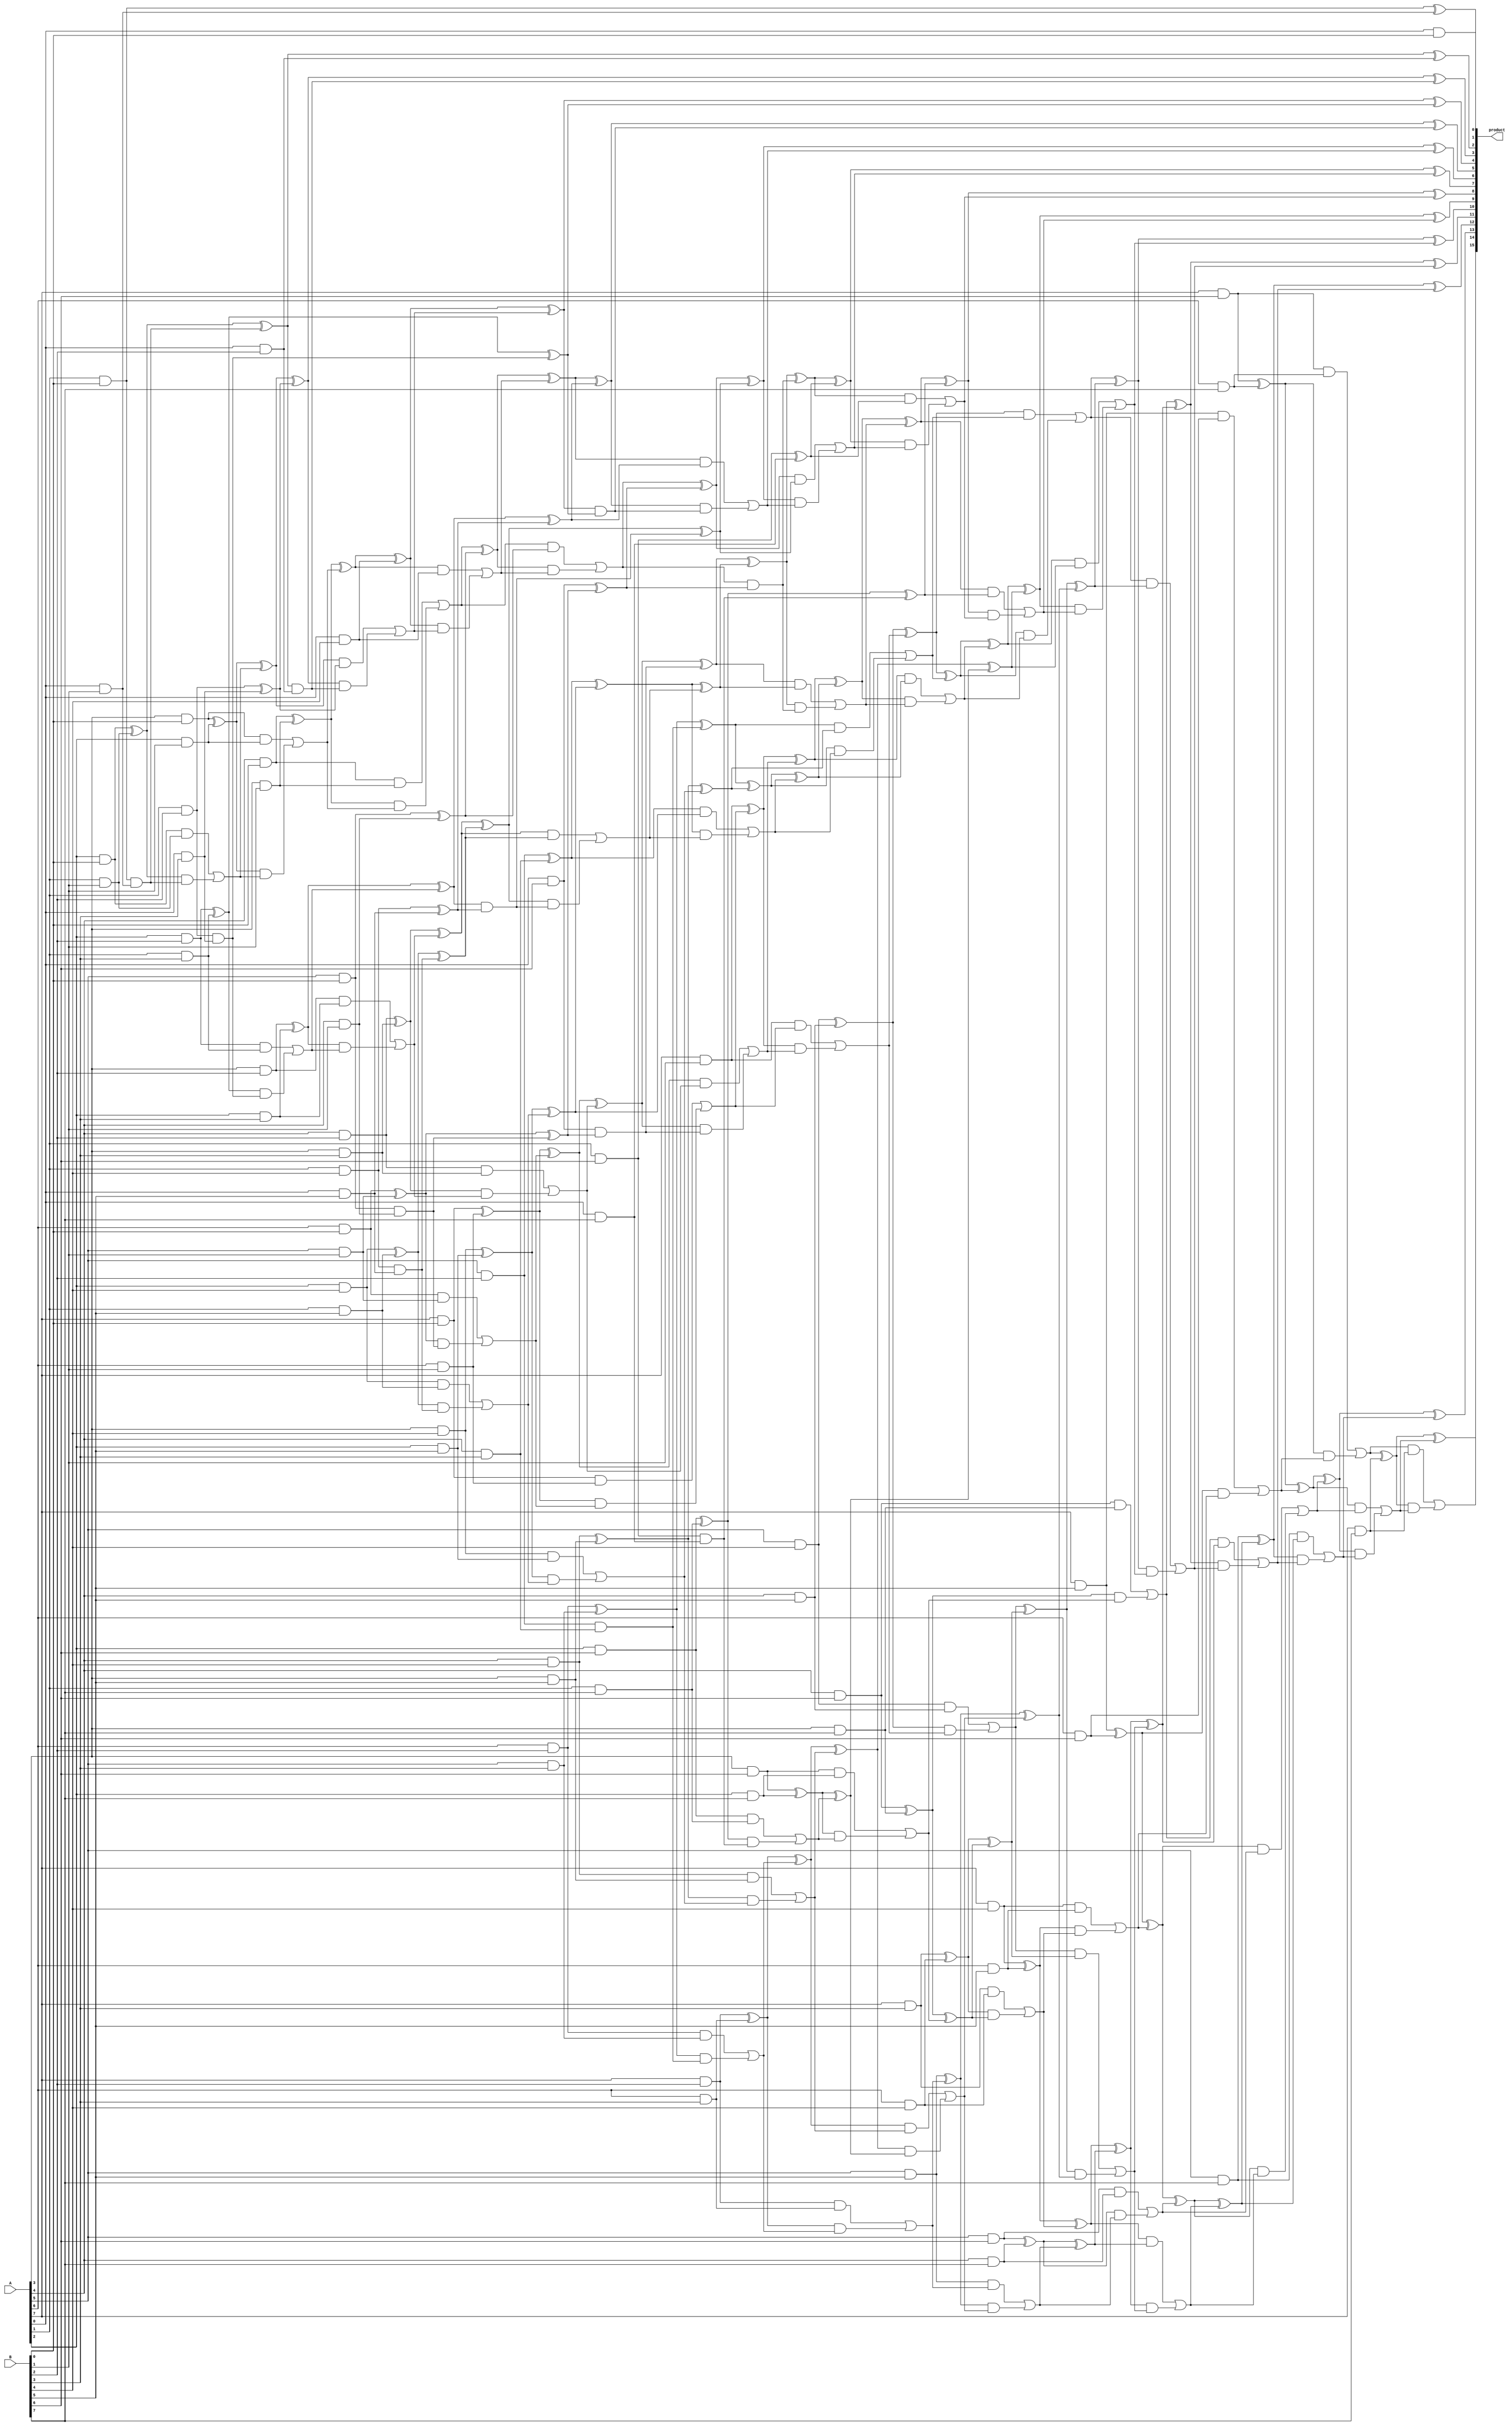
module wallace_unsigned_multiplier_CLA_Reduced_8(product, A, B);
    input [7:0] A, B;
    output [15:0] product;

    wire [7:0] pp0, pp1, pp2, pp3, pp4, pp5, pp6, pp7;

    and AND00(pp0[0], A[0], B[0]);
    and AND01(pp0[1], A[1], B[0]);
    and AND02(pp0[2], A[2], B[0]);
    and AND03(pp0[3], A[3], B[0]);
    and AND04(pp0[4], A[4], B[0]);
    and AND05(pp0[5], A[5], B[0]);
    and AND06(pp0[6], A[6], B[0]);
    and AND07(pp0[7], A[7], B[0]);
    and AND08(pp1[0], A[0], B[1]);
    and AND09(pp1[1], A[1], B[1]);
    and AND10(pp1[2], A[2], B[1]);
    and AND11(pp1[3], A[3], B[1]);
    and AND12(pp1[4], A[4], B[1]);
    and AND13(pp1[5], A[5], B[1]);
    and AND14(pp1[6], A[6], B[1]);
    and AND15(pp1[7], A[7], B[1]);
    and AND16(pp2[0], A[0], B[2]);
    and AND17(pp2[1], A[1], B[2]);
    and AND18(pp2[2], A[2], B[2]);
    and AND19(pp2[3], A[3], B[2]);
    and AND20(pp2[4], A[4], B[2]);
    and AND21(pp2[5], A[5], B[2]);
    and AND22(pp2[6], A[6], B[2]);
    and AND23(pp2[7], A[7], B[2]);
    and AND24(pp3[0], A[0], B[3]);
    and AND25(pp3[1], A[1], B[3]);
    and AND26(pp3[2], A[2], B[3]);
    and AND27(pp3[3], A[3], B[3]);
    and AND28(pp3[4], A[4], B[3]);
    and AND29(pp3[5], A[5], B[3]);
    and AND30(pp3[6], A[6], B[3]);
    and AND31(pp3[7], A[7], B[3]);
    and AND32(pp4[0], A[0], B[4]);
    and AND33(pp4[1], A[1], B[4]);
    and AND34(pp4[2], A[2], B[4]);
    and AND35(pp4[3], A[3], B[4]);
    and AND36(pp4[4], A[4], B[4]);
    and AND37(pp4[5], A[5], B[4]);
    and AND38(pp4[6], A[6], B[4]);
    and AND39(pp4[7], A[7], B[4]);
    and AND40(pp5[0], A[0], B[5]);
    and AND41(pp5[1], A[1], B[5]);
    and AND42(pp5[2], A[2], B[5]);
    and AND43(pp5[3], A[3], B[5]);
    and AND44(pp5[4], A[4], B[5]);
    and AND45(pp5[5], A[5], B[5]);
    and AND46(pp5[6], A[6], B[5]);
    and AND47(pp5[7], A[7], B[5]);
    and AND48(pp6[0], A[0], B[6]);
    and AND49(pp6[1], A[1], B[6]);
    and AND50(pp6[2], A[2], B[6]);
    and AND51(pp6[3], A[3], B[6]);
    and AND52(pp6[4], A[4], B[6]);
    and AND53(pp6[5], A[5], B[6]);
    and AND54(pp6[6], A[6], B[6]);
    and AND55(pp6[7], A[7], B[6]);
    and AND56(pp7[0], A[0], B[7]);
    and AND57(pp7[1], A[1], B[7]);
    and AND58(pp7[2], A[2], B[7]);
    and AND59(pp7[3], A[3], B[7]);
    and AND60(pp7[4], A[4], B[7]);
    and AND61(pp7[5], A[5], B[7]);
    and AND62(pp7[6], A[6], B[7]);
    and AND63(pp7[7], A[7], B[7]);

    /* First Stage */
    assign product[0] = pp0[0];

    /* First CLA */
    wire [3:0] G1, P1, C1;
    assign G1[0] = pp0[1] & pp1[0];
    assign G1[1] = pp0[2] & pp1[1];
    assign G1[2] = pp0[3] & pp1[2];
    assign G1[3] = pp0[4] & pp1[3];
    assign P1[0] = pp0[1] ^ pp1[0];
    assign P1[1] = pp0[2] ^ pp1[1];
    assign P1[2] = pp0[3] ^ pp1[2];
    assign P1[3] = pp0[4] ^ pp1[3];
    assign C1[1] = G1[0];
    assign C1[2] = G1[1] | (P1[1] & C1[1]);
    assign C1[3] = G1[2] | (P1[2] & C1[2]);    
    assign c1    = G1[3] | (P1[3] & C1[3]);
    assign s1    = P1[0];
    assign s2    = P1[1] ^ C1[1];
    assign s3    = P1[2] ^ C1[2];
    assign s4    = P1[3] ^ C1[3];
    assign product[1] = s1;   

    /* Second CLA */
    wire [2:0] G2, P2, C2;
    assign G2[0] = pp0[5] & pp1[4];
    assign G2[1] = pp0[6] & pp1[5];
    assign G2[2] = pp0[7] & pp1[6];
    assign P2[0] = pp0[5] ^ pp1[4];
    assign P2[1] = pp0[6] ^ pp1[5];
    assign P2[2] = pp0[7] ^ pp1[6];
    assign C2[1] = G2[0];
    assign C2[2] = G2[1] | (P2[1] & C2[1]);
    assign c2    = G2[2] | (P2[2] & C2[2]);
    assign s5    = P2[0];
    assign s6    = P2[1] ^ C2[1];
    assign s7    = P2[2] ^ C2[2];

    /* Third CLA */
    wire [3:0] G3, P3, C3;
    assign G3[0] = pp2[1] & pp3[0];
    assign G3[1] = pp2[2] & pp3[1];
    assign G3[2] = pp2[3] & pp3[2];
    assign G3[3] = pp2[4] & pp3[3];
    assign P3[0] = pp2[1] ^ pp3[0];
    assign P3[1] = pp2[2] ^ pp3[1];
    assign P3[2] = pp2[3] ^ pp3[2];
    assign P3[3] = pp2[4] ^ pp3[3];
    assign C3[1] = G3[0];
    assign C3[2] = G3[1] | (P3[1] & C3[1]);
    assign C3[3] = G3[2] | (P3[2] & C3[2]);
    assign c3    = G3[3] | (P3[3] & C3[3]);
    assign s8    = P3[0];
    assign s9    = P3[1] ^ C3[1];
    assign s10   = P3[2] ^ C3[2];
    assign s11   = P3[3] ^ C3[3];

    /* Fourth CLA */
    wire [2:0] G4, P4, C4;
    assign G4[0] = pp2[5] & pp3[4];
    assign G4[1] = pp2[6] & pp3[5];
    assign G4[2] = pp2[7] & pp3[6];
    assign P4[0] = pp2[5] ^ pp3[4];
    assign P4[1] = pp2[6] ^ pp3[5];
    assign P4[2] = pp2[7] ^ pp3[6];
    assign C4[1] = G4[0];
    assign C4[2] = G4[1] | (P4[1] & C4[1]);
    assign c4    = G4[2] | (P4[2] & C4[2]);
    assign s12   = P4[0];
    assign s13   = P4[1] ^ C4[1];
    assign s14   = P4[2] ^ C4[2];

    /* Fifth CLA */
    wire [3:0] G5, P5, C5;
    assign G5[0] = pp4[1] & pp5[0];
    assign G5[1] = pp4[2] & pp5[1];
    assign G5[2] = pp4[3] & pp5[2];
    assign G5[3] = pp4[4] & pp5[3];
    assign P5[0] = pp4[1] ^ pp5[0];
    assign P5[1] = pp4[2] ^ pp5[1];
    assign P5[2] = pp4[3] ^ pp5[2];
    assign P5[3] = pp4[4] ^ pp5[3];
    assign C5[1] = G5[0];
    assign C5[2] = G5[1] | (P5[1] & C5[1]);
    assign C5[3] = G5[2] | (P5[2] & C5[2]);
    assign c5    = G5[3] | (P5[3] & C5[3]);
    assign s15   = P5[0];
    assign s16   = P5[1] ^ C5[1];
    assign s17   = P5[2] ^ C5[2];
    assign s18   = P5[3] ^ C5[3];

    /* Sixth CLA */
    wire [3:0] G6, P6, C6;
    assign G6[0] = pp6[1] & pp7[0];
    assign G6[1] = pp6[2] & pp7[1];
    assign G6[2] = pp6[3] & pp7[2];
    assign G6[3] = pp6[4] & pp7[3];
    assign P6[0] = pp6[1] ^ pp7[0];
    assign P6[1] = pp6[2] ^ pp7[1];
    assign P6[2] = pp6[3] ^ pp7[2];
    assign P6[3] = pp6[4] ^ pp7[3];
    assign C6[1] = G6[0];
    assign C6[2] = G6[1] | (P6[1] & C6[1]);
    assign C6[3] = G6[2] | (P6[2] & C6[2]);
    assign c6    = G6[3] | (P6[3] & C6[3]);
    assign s19   = P6[0];
    assign s20   = P6[1] ^ C6[1];
    assign s21   = P6[2] ^ C6[2];
    assign s22   = P6[3] ^ C6[3];

    /* Seventh CLA */
    wire [3:0] G7, P7, C7;
    assign G7[0] = s2 & pp2[0];
    assign G7[1] = s3 & s8;
    assign G7[2] = s4 & pp4[0];
    assign G7[3] = c1 & s5;
    assign P7[0] = s2 ^ pp2[0];
    assign P7[1] = s3 ^ s8;
    assign P7[2] = s4 ^ pp4[0];
    assign P7[3] = c1 ^ s5; 
    assign C7[1] = G7[0];
    assign C7[2] = G7[1] | (P7[1] & C7[1]);
    assign C7[3] = G7[2] | (P7[2] & C7[2]);
    assign c7    = G7[3] | (P7[3] & C7[3]);
    assign s23   = P7[0];
    assign s24   = P7[1] ^ C7[1];
    assign s25   = P7[2] ^ C7[2];
    assign s26   = P7[3] ^ C7[3];
    assign product[2] = s23;
    assign product[3] = s24;

    /* 8th CLA */
    wire [3:0] G8, P8, C8;
    assign G8[0] = pp6[0] & s6;
    assign G8[1] = s7     & c3;
    assign G8[2] = pp1[7] & c2;
    assign G8[3] = pp4[5] & pp5[4];
    assign P8[0] = pp6[0] ^ s6;
    assign P8[1] = s7     ^ c3;
    assign P8[2] = pp1[7] ^ c2;
    assign P8[3] = pp4[5] ^ pp5[4];
    assign C8[1] = G8[0];
    assign C8[2] = G8[1] | (P8[1] & C8[1]);
    assign C8[3] = G8[2] | (P8[2] & C8[2]);
    assign c8    = G8[3] | (P8[3] & C8[3]);
    assign s27   = P8[0];
    assign s28   = P8[1] ^ C8[1];
    assign s29   = P8[2] ^ C8[2];
    assign s30   = P8[3] ^ C8[3];

    /* 9th CLA */
    wire [3:0] G9, P9, C9;
    assign G9[0] = pp3[7] & pp4[6];
    assign G9[1] = pp4[7] & pp5[6];
    assign G9[2] = pp5[7] & pp6[6];
    assign G9[3] = pp6[7] & pp7[6];
    assign P9[0] = pp3[7] ^ pp4[6];
    assign P9[1] = pp4[7] ^ pp5[6];
    assign P9[2] = pp5[7] ^ pp6[6];
    assign P9[3] = pp6[7] ^ pp7[6];
    assign C9[0] = s22;
    assign C9[1] = G9[0] | (P9[0] & C9[0]);
    assign C9[2] = G9[1] | (P9[1] & C9[1]);
    assign C9[3] = G9[2] | (P9[2] & C9[2]);
    assign c9    = G9[3] | (P9[3] & C9[3]);
    assign s31   = P9[0] ^ C9[0];
    assign s32   = P9[1] ^ C9[1];
    assign s33   = P9[2] ^ C9[2];
    assign s34   = P9[3] ^ C9[3];

    /* 10th CLA */
    wire [3:0] GA, PA, CA;
    assign GA[0] = s10 & s15;
    assign GA[1] = s11 & s16;
    assign GA[2] = s12 & s17;
    assign GA[3] = s13 & s18;
    assign PA[0] = s10 ^ s15;
    assign PA[1] = s11 ^ s16;
    assign PA[2] = s12 ^ s17;
    assign PA[3] = s13 ^ s18;
    assign CA[1] = GA[0];
    assign CA[2] = GA[1] | (PA[1] & CA[1]);
    assign CA[3] = GA[2] | (PA[2] & CA[2]);
    assign c10   = GA[3] | (PA[3] & CA[3]);
    assign s35   = PA[0];
    assign s36   = PA[1] ^ CA[1];
    assign s37   = PA[2] ^ CA[2];
    assign s38   = PA[3] ^ CA[3];

    /* 11th CLA */
    wire [2:0] GB, PB, CB;
    assign GB[0] = s14    & c5;
    assign GB[1] = pp5[5] & c4;
    assign GB[2] = pp6[5] & pp7[4];
    assign PB[0] = s14    ^ c5;
    assign PB[1] = pp5[5] ^ c4;
    assign PB[2] = pp6[5] ^ pp7[4];
    assign CB[0] = s21;
    assign CB[1] = GB[0] | (PB[0] & CB[0]);
    assign CB[2] = GB[1] | (PB[1] & CB[1]);
    assign c11   = GB[2] | (PB[2] & CB[2]);
    assign s39   = PB[0] ^ CB[0];
    assign s40   = PB[1] ^ CB[1];
    assign s41   = PB[2] ^ CB[2];

    /* 12th CLA */
    wire [3:0] GC, PC, CC;
    assign GC[0] = c7  & s27;
    assign GC[1] = s28 & s37;
    assign GC[2] = s29 & s38;
    assign GC[3] = s30 & c10;
    assign PC[0] = c7  ^ s27;
    assign PC[1] = s28 ^ s37;
    assign PC[2] = s29 ^ s38;
    assign PC[3] = s30 ^ c10;
    assign CC[1] = GC[0];
    assign CC[2] = GC[1] | (PC[1] & CC[1]);
    assign CC[3] = GC[2] | (PC[2] & CC[2]);
    assign c12   = GC[3] | (PC[3] & CC[3]);
    assign s42   = PC[0];
    assign s43   = PC[1] ^ CC[1];
    assign s44   = PC[2] ^ CC[2];
    assign s45   = PC[3] ^ CC[3];

    /* 13th CLA */
    wire [2:0] GD, PD, CD;
    assign GD[0] = c8  & s31;
    assign GD[1] = s32 & s41;
    assign GD[2] = s33 & c11;
    assign PD[0] = c8  ^ s31;
    assign PD[1] = s32 ^ s41;
    assign PD[2] = s33 ^ c11;
    assign CD[0] = s40;
    assign CD[1] = GD[0] | (PD[0] & CD[0]);
    assign CD[2] = GD[1] | (PD[1] & CD[1]);
    assign c13   = GD[2] | (PD[2] & CD[2]);
    assign s46   = PD[0] ^ CD[0];
    assign s47   = PD[1] ^ CD[1];
    assign s48   = PD[2] ^ CD[2];


    /* Final Stage 14th CLA */
    wire [3:0] GE, PE, CE;
    assign GE[0] = s25 & s9;
    assign GE[1] = s26 & s35;
    assign GE[2] = s42 & s36;
    assign GE[3] = s43 & s19;
    assign PE[0] = s25 ^ s9;
    assign PE[1] = s26 ^ s35;
    assign PE[2] = s42 ^ s36;
    assign PE[3] = s43 ^ s19;
    assign CE[1] = GE[0];
    assign CE[2] = GE[1] | (PE[1] & CE[1]);
    assign CE[3] = GE[2] | (PE[2] & CE[2]);
    assign c14   = GE[3] | (PE[3] & CE[3]);
    assign product[4] = PE[0];
    assign product[5] = PE[1] ^ CE[1];
    assign product[6] = PE[2] ^ CE[2];
    assign product[7] = PE[3] ^ CE[3];

    /* 15th CLA */
    wire [3:0] GF, PF, CF;
    assign GF[0] = s44 & s20;
    assign GF[1] = s45 & s39;
    assign GF[2] = c12 & s46;
    assign GF[3] = c6  & s47;
    assign PF[0] = s44 ^ s20;
    assign PF[1] = s45 ^ s39;
    assign PF[2] = c12 ^ s46;
    assign PF[3] = c6  ^ s47;
    assign CF[0] = c14;
    assign CF[1] = GF[0] | (PF[0] & CF[0]);
    assign CF[2] = GF[1] | (PF[1] & CF[1]);
    assign CF[3] = GF[2] | (PF[2] & CF[2]);
    assign c15   = GF[3] | (PF[3] & CF[3]);
    assign product[8]  = PF[0] ^ CF[0];
    assign product[9]  = PF[1] ^ CF[1];
    assign product[10] = PF[2] ^ CF[2];
    assign product[11] = PF[3] ^ CF[3];

    /* 16th CLA */
    wire [2:0] GG, PG, CG;
    assign GG[0] = pp7[5] & s48;  
    assign GG[1] = s34    & c13;
    assign GG[2] = c9     & pp7[7];
    assign PG[0] = pp7[5] ^ s48;
    assign PG[1] = s34    ^ c13;
    assign PG[2] = c9     ^ pp7[7];
    assign CG[0] = c15;
    assign CG[1] = GG[0] | (PG[0] & CG[0]);
    assign CG[2] = GG[1] | (PG[1] & CG[1]);
    assign product[15] = GG[2] | (PG[2] & CG[2]);
    assign product[12] = PG[0] ^ CG[0];
    assign product[13] = PG[1] ^ CG[1];
    assign product[14] = PG[2] ^ CG[2];
endmodule

module wallace_unsigned_multiplier_CLA_Reduced_8_attempt1(product, A, B);
    /* This attempt uses a RCA at the very last stage
     * Area: 1084.552269
     * Power: 5.06E-01
     * Timing: 1.63 */
    
    input [7:0] A, B;
    output [15:0] product;

    wire [7:0] pp0, pp1, pp2, pp3, pp4, pp5, pp6, pp7;

    and AND00(pp0[0], A[0], B[0]);
    and AND01(pp0[1], A[1], B[0]);
    and AND02(pp0[2], A[2], B[0]);
    and AND03(pp0[3], A[3], B[0]);
    and AND04(pp0[4], A[4], B[0]);
    and AND05(pp0[5], A[5], B[0]);
    and AND06(pp0[6], A[6], B[0]);
    and AND07(pp0[7], A[7], B[0]);
    and AND08(pp1[0], A[0], B[1]);
    and AND09(pp1[1], A[1], B[1]);
    and AND10(pp1[2], A[2], B[1]);
    and AND11(pp1[3], A[3], B[1]);
    and AND12(pp1[4], A[4], B[1]);
    and AND13(pp1[5], A[5], B[1]);
    and AND14(pp1[6], A[6], B[1]);
    and AND15(pp1[7], A[7], B[1]);
    and AND16(pp2[0], A[0], B[2]);
    and AND17(pp2[1], A[1], B[2]);
    and AND18(pp2[2], A[2], B[2]);
    and AND19(pp2[3], A[3], B[2]);
    and AND20(pp2[4], A[4], B[2]);
    and AND21(pp2[5], A[5], B[2]);
    and AND22(pp2[6], A[6], B[2]);
    and AND23(pp2[7], A[7], B[2]);
    and AND24(pp3[0], A[0], B[3]);
    and AND25(pp3[1], A[1], B[3]);
    and AND26(pp3[2], A[2], B[3]);
    and AND27(pp3[3], A[3], B[3]);
    and AND28(pp3[4], A[4], B[3]);
    and AND29(pp3[5], A[5], B[3]);
    and AND30(pp3[6], A[6], B[3]);
    and AND31(pp3[7], A[7], B[3]);
    and AND32(pp4[0], A[0], B[4]);
    and AND33(pp4[1], A[1], B[4]);
    and AND34(pp4[2], A[2], B[4]);
    and AND35(pp4[3], A[3], B[4]);
    and AND36(pp4[4], A[4], B[4]);
    and AND37(pp4[5], A[5], B[4]);
    and AND38(pp4[6], A[6], B[4]);
    and AND39(pp4[7], A[7], B[4]);
    and AND40(pp5[0], A[0], B[5]);
    and AND41(pp5[1], A[1], B[5]);
    and AND42(pp5[2], A[2], B[5]);
    and AND43(pp5[3], A[3], B[5]);
    and AND44(pp5[4], A[4], B[5]);
    and AND45(pp5[5], A[5], B[5]);
    and AND46(pp5[6], A[6], B[5]);
    and AND47(pp5[7], A[7], B[5]);
    and AND48(pp6[0], A[0], B[6]);
    and AND49(pp6[1], A[1], B[6]);
    and AND50(pp6[2], A[2], B[6]);
    and AND51(pp6[3], A[3], B[6]);
    and AND52(pp6[4], A[4], B[6]);
    and AND53(pp6[5], A[5], B[6]);
    and AND54(pp6[6], A[6], B[6]);
    and AND55(pp6[7], A[7], B[6]);
    and AND56(pp7[0], A[0], B[7]);
    and AND57(pp7[1], A[1], B[7]);
    and AND58(pp7[2], A[2], B[7]);
    and AND59(pp7[3], A[3], B[7]);
    and AND60(pp7[4], A[4], B[7]);
    and AND61(pp7[5], A[5], B[7]);
    and AND62(pp7[6], A[6], B[7]);
    and AND63(pp7[7], A[7], B[7]);

    /* First Stage */
    assign product[0] = pp0[0];

    /* First CLA */
    wire [3:0] G1, P1, C1;
    assign G1[0] = pp0[1] & pp1[0];
    assign G1[1] = pp0[2] & pp1[1];
    assign G1[2] = pp0[3] & pp1[2];
    assign G1[3] = pp0[4] & pp1[3];
    assign P1[0] = pp0[1] ^ pp1[0];
    assign P1[1] = pp0[2] ^ pp1[1];
    assign P1[2] = pp0[3] ^ pp1[2];
    assign P1[3] = pp0[4] ^ pp1[3];
    assign C1[1] = G1[0];
    assign C1[2] = G1[1] | (P1[1] & C1[1]);
    assign C1[3] = G1[2] | (P1[2] & C1[2]);    
    assign c1    = G1[3] | (P1[3] & C1[3]);
    assign s1    = P1[0];
    assign s2    = P1[1] ^ C1[1];
    assign s3    = P1[2] ^ C1[2];
    assign s4    = P1[3] ^ C1[3];
    assign product[1] = s1;   

    /* Second CLA */
    wire [2:0] G2, P2, C2;
    assign G2[0] = pp0[5] & pp1[4];
    assign G2[1] = pp0[6] & pp1[5];
    assign G2[2] = pp0[7] & pp1[6];
    assign P2[0] = pp0[5] ^ pp1[4];
    assign P2[1] = pp0[6] ^ pp1[5];
    assign P2[2] = pp0[7] ^ pp1[6];
    assign C2[1] = G2[0];
    assign C2[2] = G2[1] | (P2[1] & C2[1]);
    assign c2    = G2[2] | (P2[2] & C2[2]);
    assign s5    = P2[0];
    assign s6    = P2[1] ^ C2[1];
    assign s7    = P2[2] ^ C2[2];

    /* Third CLA */
    wire [3:0] G3, P3, C3;
    assign G3[0] = pp2[1] & pp3[0];
    assign G3[1] = pp2[2] & pp3[1];
    assign G3[2] = pp2[3] & pp3[2];
    assign G3[3] = pp2[4] & pp3[3];
    assign P3[0] = pp2[1] ^ pp3[0];
    assign P3[1] = pp2[2] ^ pp3[1];
    assign P3[2] = pp2[3] ^ pp3[2];
    assign P3[3] = pp2[4] ^ pp3[3];
    assign C3[1] = G3[0];
    assign C3[2] = G3[1] | (P3[1] & C3[1]);
    assign C3[3] = G3[2] | (P3[2] & C3[2]);
    assign c3    = G3[3] | (P3[3] & C3[3]);
    assign s8    = P3[0];
    assign s9    = P3[1] ^ C3[1];
    assign s10   = P3[2] ^ C3[2];
    assign s11   = P3[3] ^ C3[3];

    /* Fourth CLA */
    wire [2:0] G4, P4, C4;
    assign G4[0] = pp2[5] & pp3[4];
    assign G4[1] = pp2[6] & pp3[5];
    assign G4[2] = pp2[7] & pp3[6];
    assign P4[0] = pp2[5] ^ pp3[4];
    assign P4[1] = pp2[6] ^ pp3[5];
    assign P4[2] = pp2[7] ^ pp3[6];
    assign C4[1] = G4[0];
    assign C4[2] = G4[1] | (P4[1] & C4[1]);
    assign c4    = G4[2] | (P4[2] & C4[2]);
    assign s12   = P4[0];
    assign s13   = P4[1] ^ C4[1];
    assign s14   = P4[2] ^ C4[2];

    /* Fifth CLA */
    wire [3:0] G5, P5, C5;
    assign G5[0] = pp4[1] & pp5[0];
    assign G5[1] = pp4[2] & pp5[1];
    assign G5[2] = pp4[3] & pp5[2];
    assign G5[3] = pp4[4] & pp5[3];
    assign P5[0] = pp4[1] ^ pp5[0];
    assign P5[1] = pp4[2] ^ pp5[1];
    assign P5[2] = pp4[3] ^ pp5[2];
    assign P5[3] = pp4[4] ^ pp5[3];
    assign C5[1] = G5[0];
    assign C5[2] = G5[1] | (P5[1] & C5[1]);
    assign C5[3] = G5[2] | (P5[2] & C5[2]);
    assign c5    = G5[3] | (P5[3] & C5[3]);
    assign s15   = P5[0];
    assign s16   = P5[1] ^ C5[1];
    assign s17   = P5[2] ^ C5[2];
    assign s18   = P5[3] ^ C5[3];

    /* Sixth CLA */
    wire [3:0] G6, P6, C6;
    assign G6[0] = pp6[1] & pp7[0];
    assign G6[1] = pp6[2] & pp7[1];
    assign G6[2] = pp6[3] & pp7[2];
    assign G6[3] = pp6[4] & pp7[3];
    assign P6[0] = pp6[1] ^ pp7[0];
    assign P6[1] = pp6[2] ^ pp7[1];
    assign P6[2] = pp6[3] ^ pp7[2];
    assign P6[3] = pp6[4] ^ pp7[3];
    assign C6[1] = G6[0];
    assign C6[2] = G6[1] | (P6[1] & C6[1]);
    assign C6[3] = G6[2] | (P6[2] & C6[2]);
    assign c6    = G6[3] | (P6[3] & C6[3]);
    assign s19   = P6[0];
    assign s20   = P6[1] ^ C6[1];
    assign s21   = P6[2] ^ C6[2];
    assign s22   = P6[3] ^ C6[3];

    /* Seventh CLA */
    wire [3:0] G7, P7, C7;
    assign G7[0] = s2 & pp2[0];
    assign G7[1] = s3 & s8;
    assign G7[2] = s4 & pp4[0];
    assign G7[3] = c1 & s5;
    assign P7[0] = s2 ^ pp2[0];
    assign P7[1] = s3 ^ s8;
    assign P7[2] = s4 ^ pp4[0];
    assign P7[3] = c1 ^ s5; 
    assign C7[1] = G7[0];
    assign C7[2] = G7[1] | (P7[1] & C7[1]);
    assign C7[3] = G7[2] | (P7[2] & C7[2]);
    assign c7    = G7[3] | (P7[3] & C7[3]);
    assign s23   = P7[0];
    assign s24   = P7[1] ^ C7[1];
    assign s25   = P7[2] ^ C7[2];
    assign s26   = P7[3] ^ C7[3];
    assign product[2] = s23;
    assign product[3] = s24;

    /* 8th CLA */
    wire [3:0] G8, P8, C8;
    assign G8[0] = pp6[0] & s6;
    assign G8[1] = s7     & c3;
    assign G8[2] = pp1[7] & c2;
    assign G8[3] = pp4[5] & pp5[4];
    assign P8[0] = pp6[0] ^ s6;
    assign P8[1] = s7     ^ c3;
    assign P8[2] = pp1[7] ^ c2;
    assign P8[3] = pp4[5] ^ pp5[4];
    assign C8[1] = G8[0];
    assign C8[2] = G8[1] | (P8[1] & C8[1]);
    assign C8[3] = G8[2] | (P8[2] & C8[2]);
    assign c8    = G8[3] | (P8[3] & C8[3]);
    assign s27   = P8[0];
    assign s28   = P8[1] ^ C8[1];
    assign s29   = P8[2] ^ C8[2];
    assign s30   = P8[3] ^ C8[3];

    /* 9th CLA */
    wire [3:0] G9, P9, C9;
    assign G9[0] = pp3[7] & pp4[6];
    assign G9[1] = pp4[7] & pp5[6];
    assign G9[2] = pp5[7] & pp6[6];
    assign G9[3] = pp6[7] & pp7[6];
    assign P9[0] = pp3[7] ^ pp4[6];
    assign P9[1] = pp4[7] ^ pp5[6];
    assign P9[2] = pp5[7] ^ pp6[6];
    assign P9[3] = pp6[7] ^ pp7[6];
    assign C9[0] = s22;
    assign C9[1] = G9[0] | (P9[0] & C9[0]);
    assign C9[2] = G9[1] | (P9[1] & C9[1]);
    assign C9[3] = G9[2] | (P9[2] & C9[2]);
    assign c9    = G9[3] | (P9[3] & C9[3]);
    assign s31   = P9[0] ^ C9[0];
    assign s32   = P9[1] ^ C9[1];
    assign s33   = P9[2] ^ C9[2];
    assign s34   = P9[3] ^ C9[3];

    /* 10th CLA */
    wire [3:0] GA, PA, CA;
    assign GA[0] = s10 & s15;
    assign GA[1] = s11 & s16;
    assign GA[2] = s12 & s17;
    assign GA[3] = s13 & s18;
    assign PA[0] = s10 ^ s15;
    assign PA[1] = s11 ^ s16;
    assign PA[2] = s12 ^ s17;
    assign PA[3] = s13 ^ s18;
    assign CA[1] = GA[0];
    assign CA[2] = GA[1] | (PA[1] & CA[1]);
    assign CA[3] = GA[2] | (PA[2] & CA[2]);
    assign c10   = GA[3] | (PA[3] & CA[3]);
    assign s35   = PA[0];
    assign s36   = PA[1] ^ CA[1];
    assign s37   = PA[2] ^ CA[2];
    assign s38   = PA[3] ^ CA[3];

    /* 11th CLA */
    wire [2:0] GB, PB, CB;
    assign GB[0] = s14    & c5;
    assign GB[1] = pp5[5] & c4;
    assign GB[2] = pp6[5] & pp7[4];
    assign PB[0] = s14    ^ c5;
    assign PB[1] = pp5[5] ^ c4;
    assign PB[2] = pp6[5] ^ pp7[4];
    assign CB[0] = s21;
    assign CB[1] = GB[0] | (PB[0] & CB[0]);
    assign CB[2] = GB[1] | (PB[1] & CB[1]);
    assign c11   = GB[2] | (PB[2] & CB[2]);
    assign s39   = PB[0] ^ CB[0];
    assign s40   = PB[1] ^ CB[1];
    assign s41   = PB[2] ^ CB[2];

    /* 12th CLA */
    wire [3:0] GC, PC, CC;
    assign GC[0] = c7  & s27;
    assign GC[1] = s28 & s37;
    assign GC[2] = s29 & s38;
    assign GC[3] = s30 & c10;
    assign PC[0] = c7  ^ s27;
    assign PC[1] = s28 ^ s37;
    assign PC[2] = s29 ^ s38;
    assign PC[3] = s30 ^ c10;
    assign CC[1] = GC[0];
    assign CC[2] = GC[1] | (PC[1] & CC[1]);
    assign CC[3] = GC[2] | (PC[2] & CC[2]);
    assign c12   = GC[3] | (PC[3] & CC[3]);
    assign s42   = PC[0];
    assign s43   = PC[1] ^ CC[1];
    assign s44   = PC[2] ^ CC[2];
    assign s45   = PC[3] ^ CC[3];

    /* 13th CLA */
    wire [2:0] GD, PD, CD;
    assign GD[0] = c8  & s31;
    assign GD[1] = s32 & s41;
    assign GD[2] = s33 & c11;
    assign PD[0] = c8  ^ s31;
    assign PD[1] = s32 ^ s41;
    assign PD[2] = s33 ^ c11;
    assign CD[0] = s40;
    assign CD[1] = GD[0] | (PD[0] & CD[0]);
    assign CD[2] = GD[1] | (PD[1] & CD[1]);
    assign c13   = GD[2] | (PD[2] & CD[2]);
    assign s46   = PD[0] ^ CD[0];
    assign s47   = PD[1] ^ CD[1];
    assign s48   = PD[2] ^ CD[2];

    half_adder HA01(product[4], r1,      s25, s9);
    full_adder FA01(product[5], r2,  r1, s26, s35);
    full_adder FA02(product[6], r3,  r2, s36, s42);
    full_adder FA03(product[7], r4,  r3, s19, s43);
    full_adder FA04(product[8], r5,  r4, s20, s44);
    full_adder FA05(product[9], r6,  r5, s39, s45);
    full_adder FA06(product[10],r7,  r6, c12, s46);
    full_adder FA07(product[11],r8,  r7, s47, c6);
    full_adder FA08(product[12],r9,  r8, s48, pp7[5]);
    full_adder FA09(product[13],r10, r9, c13, s34);
    full_adder FA11(product[14],product[15], r10,c9,  pp7[7]);
    
endmodule

module half_adder(output wire sum,
                  output wire cout,
                  input wire in1,
                  input wire in2);
    xor(sum, in1, in2);
    and(cout, in1, in2);
endmodule

module full_adder(output wire sum,
                  output wire cout,
                  input wire in1,
                  input wire in2,
                  input wire cin);
    wire temp1;
    wire temp2;
    wire temp3;
    xor(sum, in1, in2, cin);
    and(temp1,in1,in2);
    and(temp2,in1,cin);
    and(temp3,in2,cin);
    or(cout,temp1,temp2,temp3);
endmodule